Annual report of the Prince of Wales Medical College, Patna
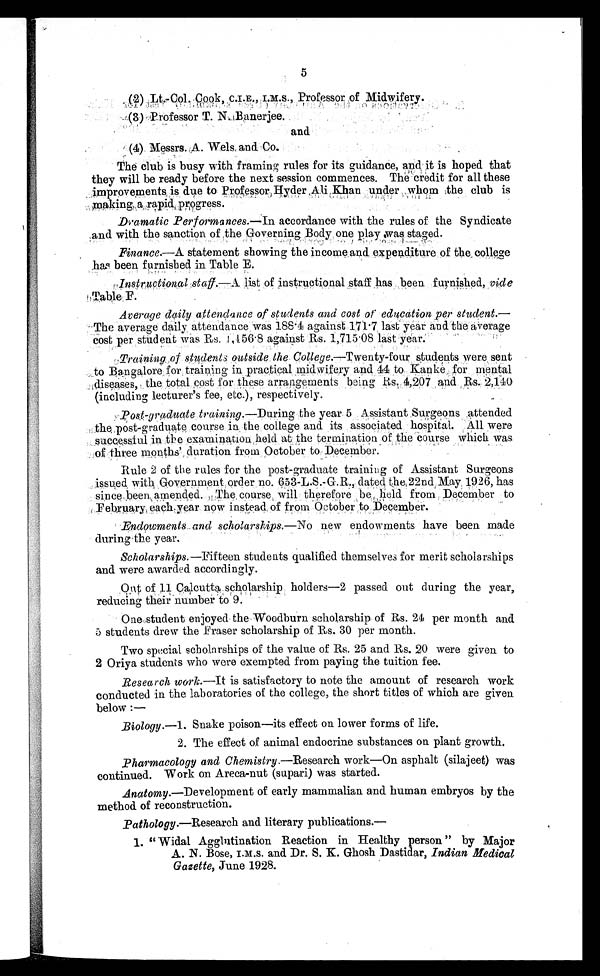
5
(2) Lt.-Col.Cook, C.I.E., I.M.S., Professor of Midwifery.
(3) Professor T. N.Banerjee.
and
(4).. Messrs. A. Wels, and Co.
The club is busy with framing rules for its guidance, and it is hoped that
they will be ready before the next session commences. The credit for all these
improvements is due to Professor Hyder Ali Khan under whom the club is
making a rapid progress.
.Dramatic Performances.— In accordance with the rules of the Syndicate
and with the sanction of the Governing Body one play was staged.
Finance.—A statement showing the income and expenditure of the college
has been furnished in Table E.
Instructional staff.—A list of instructional staff has been furnished, vide
Table F.
Average daily attendance of students and cost of education per student.—
The average daily attendance was 188.4 against 171.7 last year and. the average
cost per student was Rs.1,456.8 against Rs. 1,715 .08 last year.
Training of students outside the College .—Twenty-four students were sent
to Bangalore for training in practical midwifery and 44 to Kanke , for mental
diseases, the total cost for these arrangements being Rs. 4,207 and Rs. 2,140
(including lecturer's fee, etc.), respectively.
Post-graduate training .—During the year 5 Assistant Surgeons attended
the. post-graduate course in the college and its associated hospital. All were
successful in the examination held at the termination of the course which was
of three months' duration from October to December.
Rule 2 of the rules for the post-graduate training of Assistant Surgeons
issued with Government order no. 653-L.S.-G.R., dated the,22nd May 1926, has
since been amended. The course will therefore be held from December to
February, each year now instead of from October to December.
Endowments and scholarships.— No new endowments have been made
during the year.
Scholarships.—Fifteen students qualified themselves for merit scholarships
and were awarded accordingly.
Out of 11 Calcutta scholarship holders—2 passed out during the year,
reducing their number to 9.
One student enjoyed the Woodburn scholarship of Rs. 24 per month and
5 students drew the Fraser scholarship of Rs. 30 per month.
Two special scholarships of the value of Rs. 25 and Rs. 20 were given to
2 Oriya students who were exempted from paying the tuition fee.
Research work.—It is satisfactory to note the amount of research work
conducted in the laboratories of the college, the short titles of which are given
below :—
Biology.— 1. Snake poison—its effect on lower forms of life.
2. The effect of animal endocrine substances on plant growth.
Pharmacology and Chemistry .—Research work—On asphalt (silajeet) was
continued. Work on Areca-nut (supari) was started.
Anatomy .—Development of early mammalian and human embryos by the
method of reconstruction.
Pathology .—Research and literary publications.
—
1. “ Widal Agglutination Reaction in Healthy person ” by Major
A. N. Bose, I.M.S. and Dr. S. K. Ghosh Dastidar, Indian Medical
Gazette, June 1928.